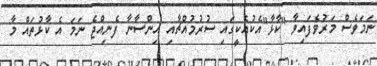
ނަމަވެސް މަރުވެފައިވާ "ކާޅާ"އެކުއެކީގައި ސުރުމުއްޗާއި އިންސާނާ ފެނިއްޖެ ނަމަ އެ ކާޅުތައް މާ